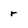
Character: r